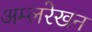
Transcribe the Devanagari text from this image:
अम्लरेखन